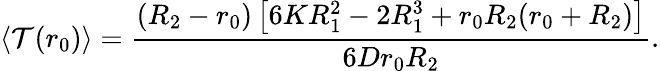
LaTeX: \langle\mathcal{T}(r_{0})\rangle=\frac{(R_{2}-r_{0})\left[6KR_{1}^{2}-2R_{1}^{3}+r_{0}R_{2}(r_{0}+R_{2})\right]}{6Dr_{0}R_{2}}.